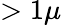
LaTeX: >1\mu